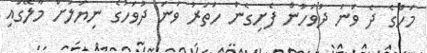
މަހުގެ ދެ ވަނަ ދުވަހުން ފެށިގެން ހަތަރު ވަނަ ދުވަހުގެ ނިޔަލަށް މާލޭގައި